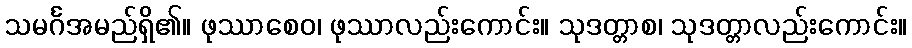
သမင်္ဂအမည်ရှိ၏။ ဖုဿာစေဝ၊ ဖုဿာလည်းကောင်း။ သုဒတ္တာစ၊ သုဒတ္တာလည်းကောင်း။